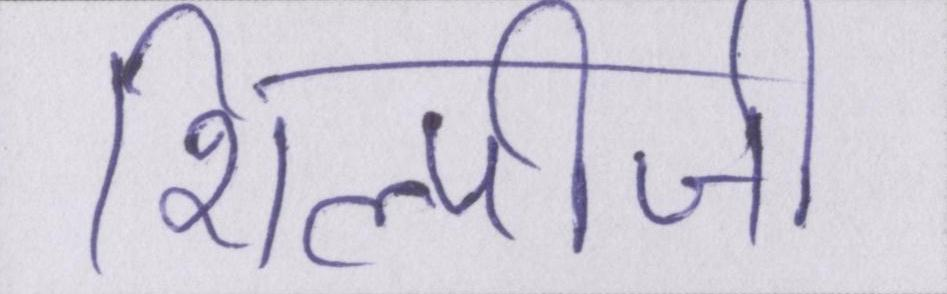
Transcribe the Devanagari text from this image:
शिल्पीजी